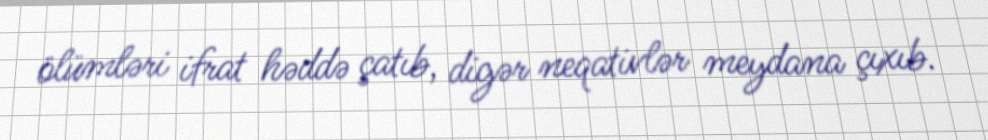
ölümləri ifrat həddə çatıb, digər neqativlər meydana çıxıb.